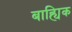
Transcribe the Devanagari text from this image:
बाह्यिक